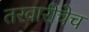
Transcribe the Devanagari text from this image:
तरवारीचेच